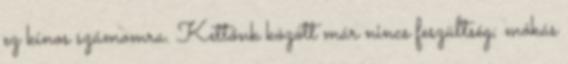
ez kínos számomra. Kettőnk között már nincs feszültség; mókás